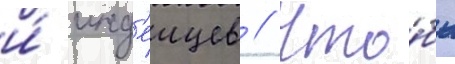
и́ инд'еицев // Что́бы